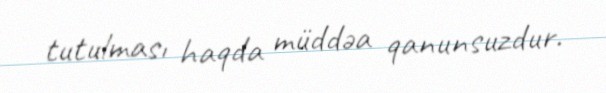
tutulması haqda müddəa qanunsuzdur.